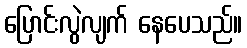
ပြောင်းလွဲလျက် နေပေသည်။